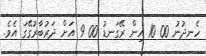
ހެނދުނު 00 10 އިން ރޭގަނޑު 00 9 އަށް ދަރުބާރުގޭގަ އެވެ.